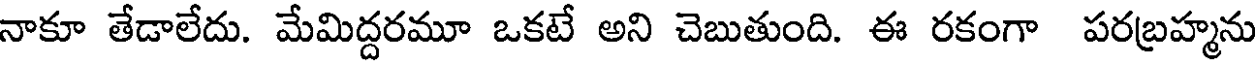
నాకూ తేడాలేదు. మేమిద్దరమూ ఒకటే అని చెబుతుంది. ఈ రకంగా పరబ్రహ్మను